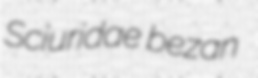
Sciuridae bezan